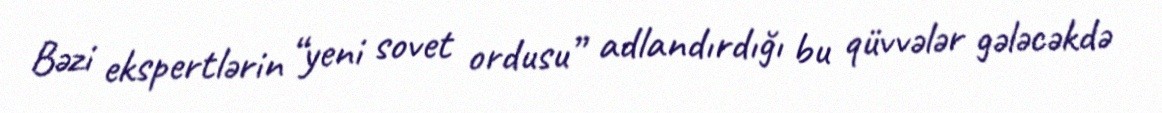
Bəzi ekspertlərin “yeni sovet ordusu” adlandırdığı bu qüvvələr gələcəkdə